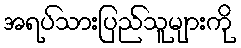
အရပ်သားပြည်သူများကို